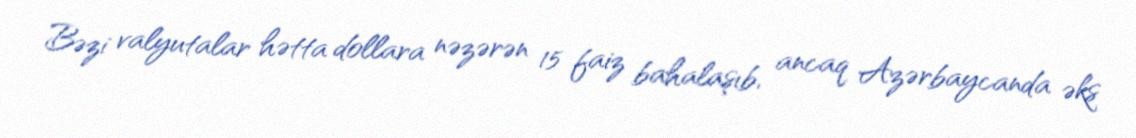
Bəzi valyutalar hətta dollara nəzərən 15 faiz bahalaşıb, ancaq Azərbaycanda əks